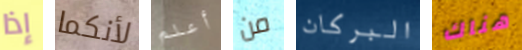
إذا لأنكما أعلم من البركان هناك